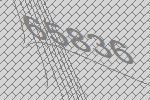
65836